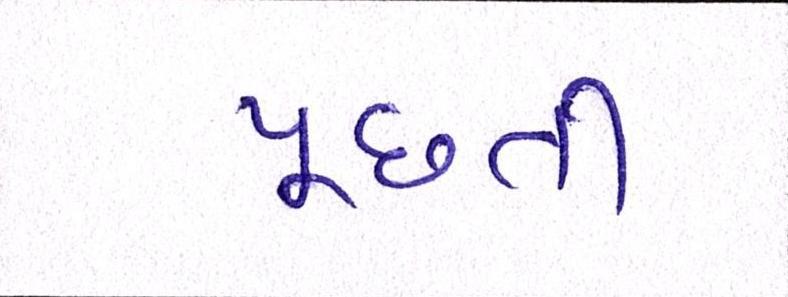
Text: પૂછતી